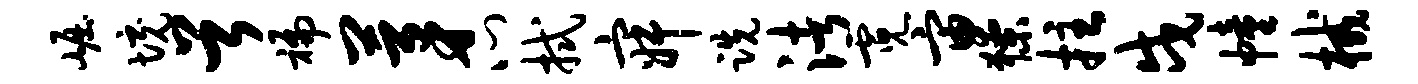
崛境首褊茅心拭寂跣渚霓宙獠拄戍幢械